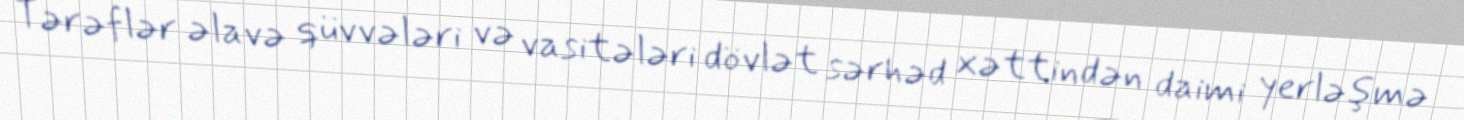
Tərəflər əlavə qüvvələri və vasitələri dövlət sərhəd xəttindən daimi yerləşmə